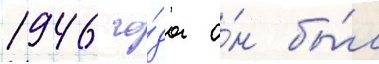
1946 го́да о́н бы́л